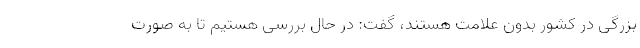
بزرگی در کشور بدون علامت هستند، گفت: در حال بررسی هستیم تا به صورت